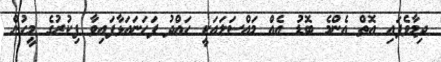
ދިމާވެފައި އޮތް އެންމެ ބޮޑު އެއް މައްސަލައަކީ ހައްދު ފަހަނައަޅާފައިވާ ފިކުރުގެ މީހުން